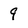
Character: 9